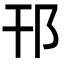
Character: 邗